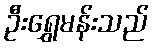
ဦးရွှေမန်းသည်